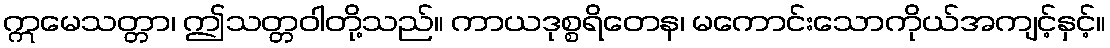
ဣမေသတ္တာ၊ ဤသတ္တဝါတို့သည်။ ကာယဒုစ္စရိတေန၊ မကောင်းသောကိုယ်အကျင့်နှင့်။